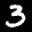
Label: 3